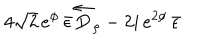
4 \sqrt { 2 } \, e ^ { \phi } \, \bar { \epsilon } \overleftarrow { D } _ { \rho } - 2 i \, e ^ { 2 \phi } \, \bar { \epsilon }